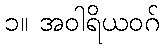
၁။ အဝါရိယဝဂ်